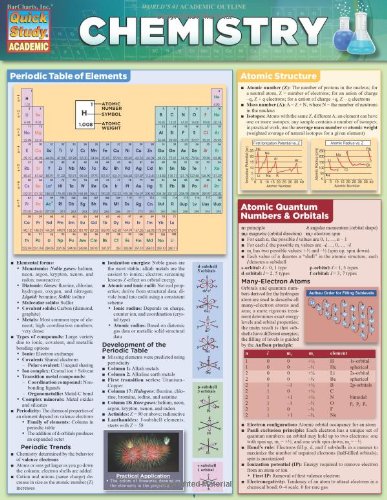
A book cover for Chemistry (Quick Study Academic); Inc. BarCharts; Science & Math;